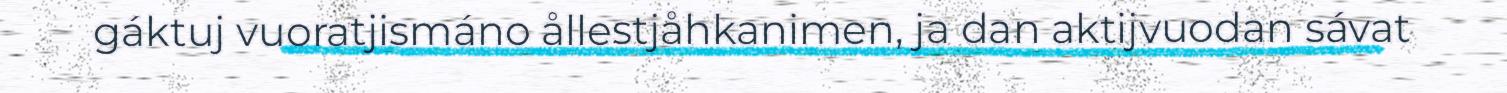
gáktuj vuoratjismáno ållestjåhkanimen, ja dan aktijvuodan sávat